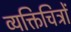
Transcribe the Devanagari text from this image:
व्यक्तिचित्रों